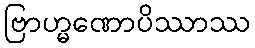
ဗြာဟ္မဏောပိဿာဿ